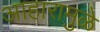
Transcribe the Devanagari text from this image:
आहारामुळे